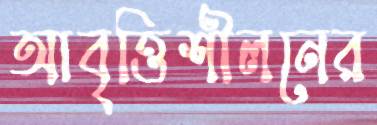
আবৃত্তিশীলনের